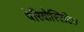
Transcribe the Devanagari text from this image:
पेरियोस्टिटिस